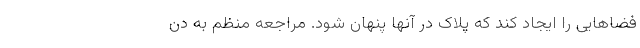
فضاهایی را ایجاد کند که پلاک در آنها پنهان شود. مراجعه منظم به دن